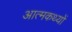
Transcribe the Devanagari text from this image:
आत्मकथ्यों